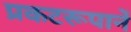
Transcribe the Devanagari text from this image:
प्रकटरूपानें